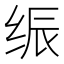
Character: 𰬙